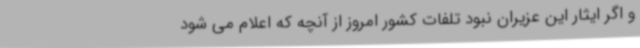
و اگر ایثار این عزیران نبود تلفات کشور امروز از آنچه که اعلام می شود